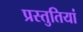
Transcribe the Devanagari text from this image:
प्रस्‍तुतियां